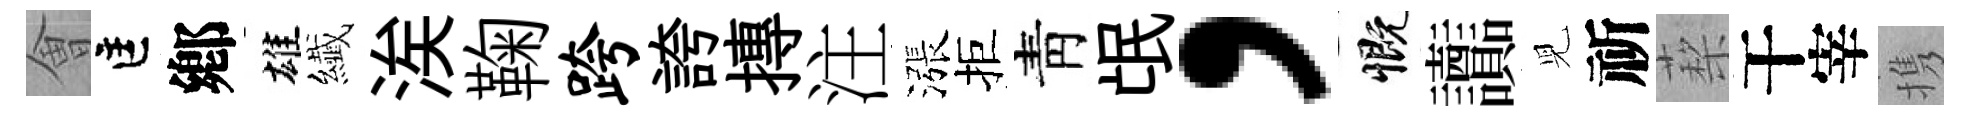
㑹匡鄕雄纎涘鞠跨誇摶注漲拒靑氓，慨讟児祈蔾干宰携